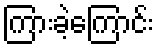
ကြားခဲ့ကြောင်း